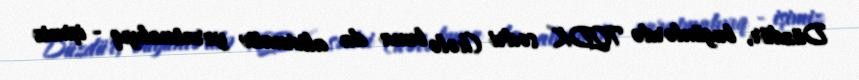
Düzdür, bugünlərdə TQDK sədri (hələ buna da alternativ yaratmalıyıq - işimiz